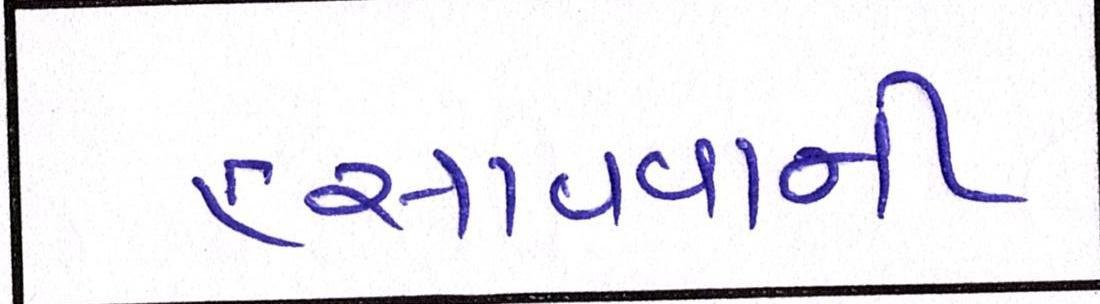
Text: હસાવવાની